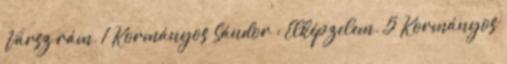
Vársz rám. 1 Kormányos Sándor : Elképzelem. 5 Kormányos